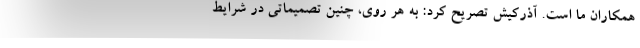
همکاران ما است. آذرکیش تصریح کرد: به هر روی، چنین تصمیماتی در شرایط